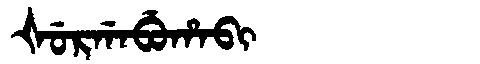
Manchu: ᡧᡠᡵᡤᠠᠪᡠᡥᠠᠪᡳ
Romanization: ŠURGABUHABI